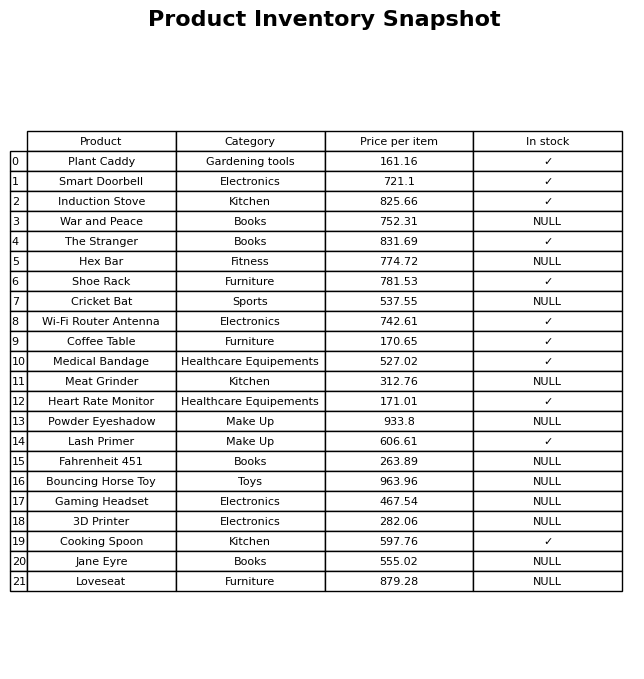
question: What is the price for Lash Primer?
answer: The price of Lash Primer is 606.61.